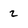
Character: 2